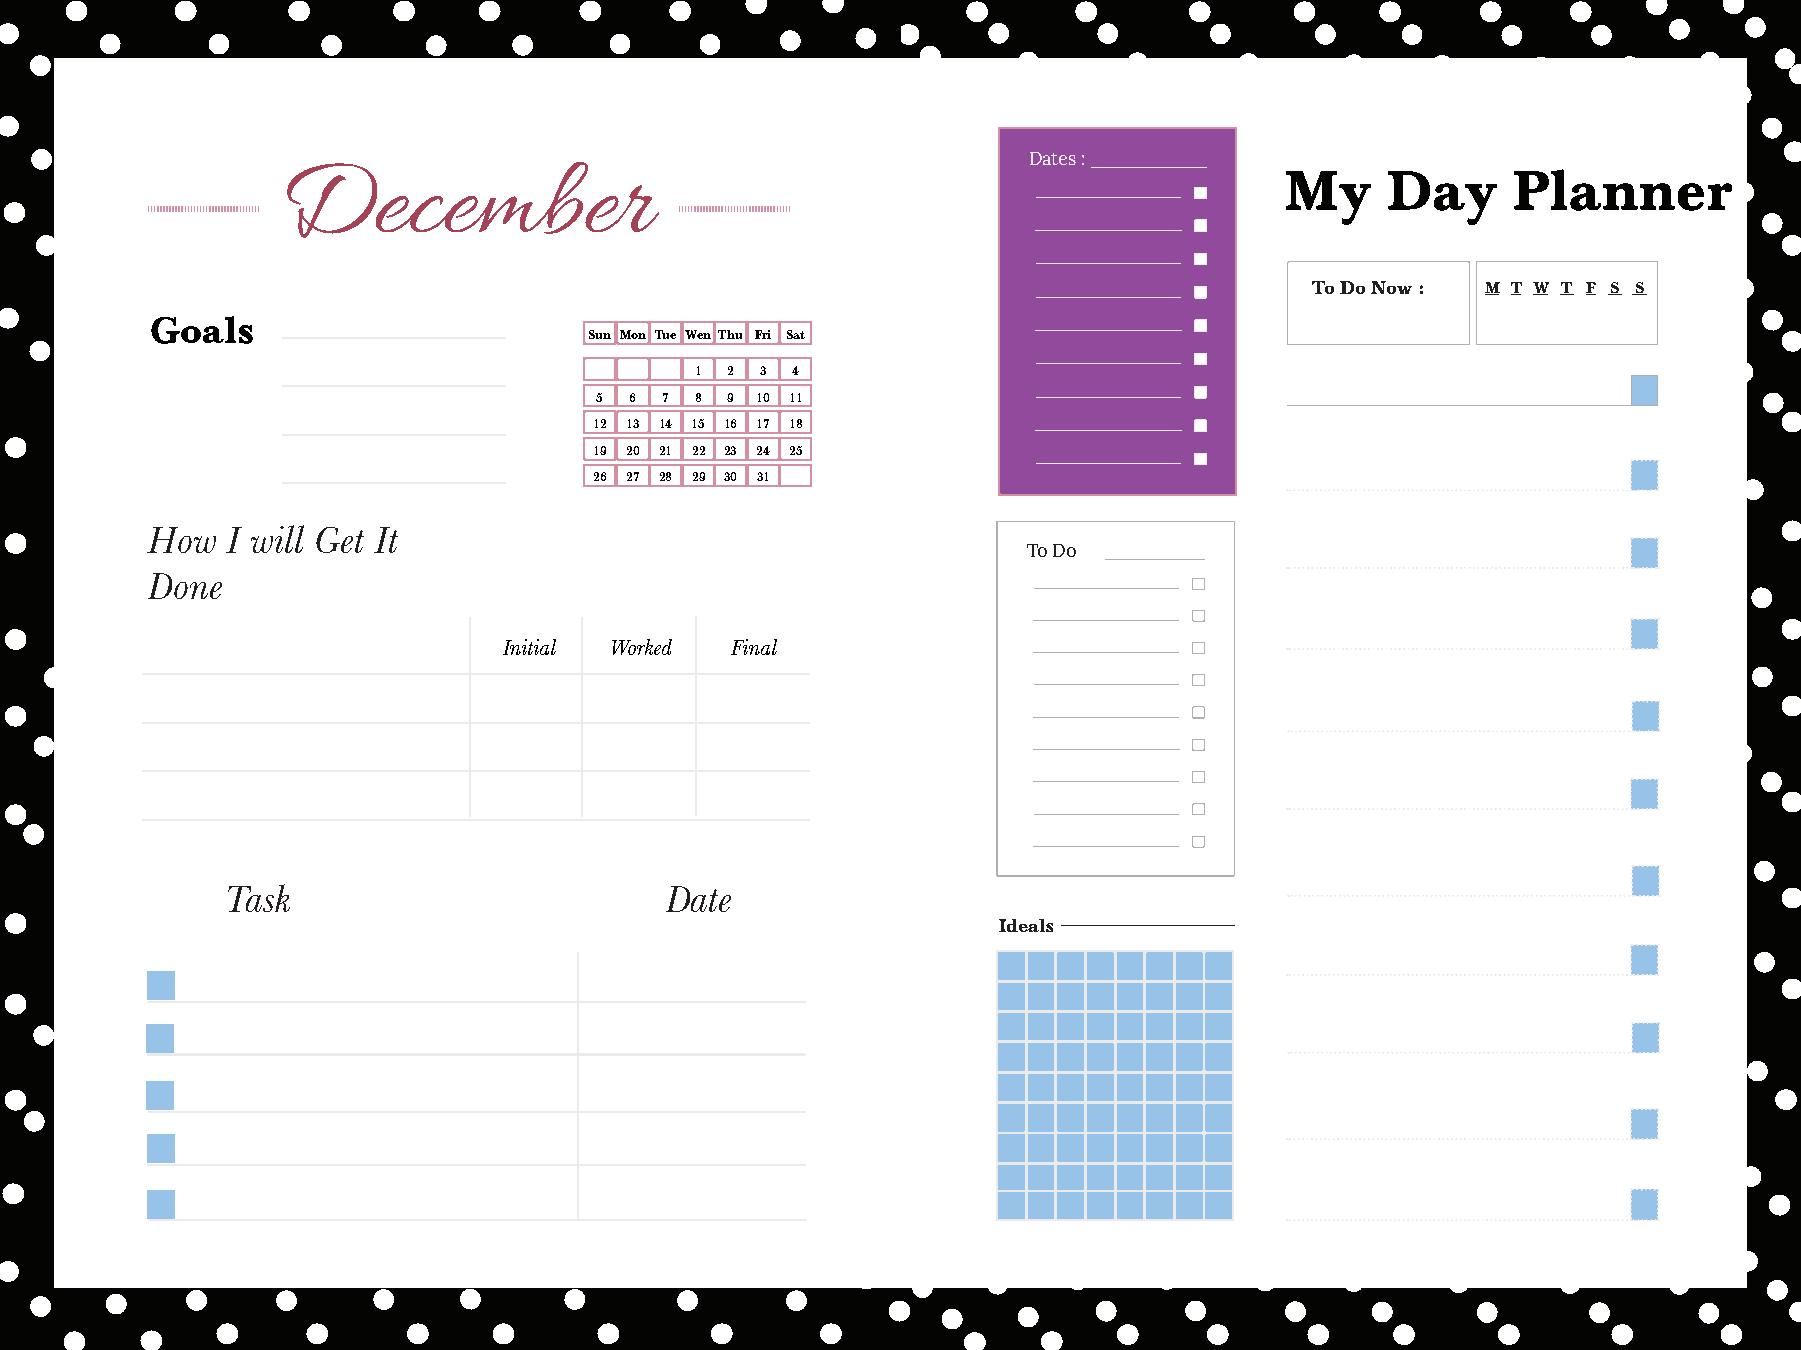
Dates :
 December                                                           My     Day     Planner
 To Do Now : M T W T F S S
 Goals
 Sun Mon Tue Wen Thu Fri Sat
 1 2 3 4
 5  6 7 8 9 10 11
 12 13 14 15 16 17 18
 19 20 21 22 23 24 25
 26 27 28 29 30 31
 How  I will Get It
 To Do
 Done
 Initial Worked Final
 Task                         Date
 Ideals